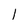
Character: 1